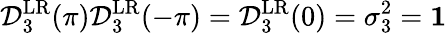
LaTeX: \mathcal{D}_{3}^{\mathrm{LR}}(\pi)\mathcal{D}_{3}^{\mathrm{LR}}(-\pi)=\mathcal{D}_{3}^{\mathrm{LR}}(0)=\sigma_{3}^{2}={\mathbf 1}